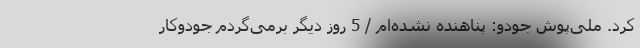
کرد. ملی‌پوش جودو: پناهنده نشده‌ام / 5 روز دیگر برمی‌گردم جودوکار